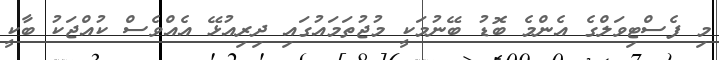
މި ފެސްޓިވަލްގެ އެންމެ ބޮޑު ބޭނުމަކީ މުޖުތަމައުގައި ދިރިއުޅޭ އެއްވެސް ކުއްޖަކު ބާކީ